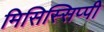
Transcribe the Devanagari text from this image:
मिसिस्सिप्पी